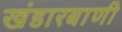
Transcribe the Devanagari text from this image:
खंडारबाणी